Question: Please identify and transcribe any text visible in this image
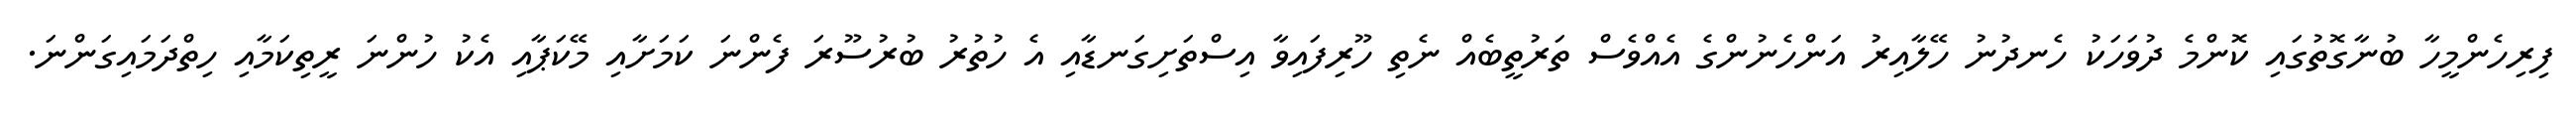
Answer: ފިރިހެންމީހާ ބުނާގޮތުގައި ކޮންމެ ދުވަހަކު ހެނދުނު ހޭލާއިރު އަންހެނުންގެ އެއްވެސް ތަރުތީބެއް ނެތި ހޫރިފައިވާ އިސްތަށިގަނޑާއި އެ ހުތުރު ބުރުސޫރަ ފެންނަ ކަމަށާއި މޭކަޕާއި އެކު ހުންނަ ރީތިކަމާއި ހިތްދަމައިގަންނަ.